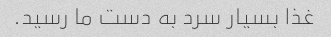
غذا بسیار سرد به دست ما رسید.